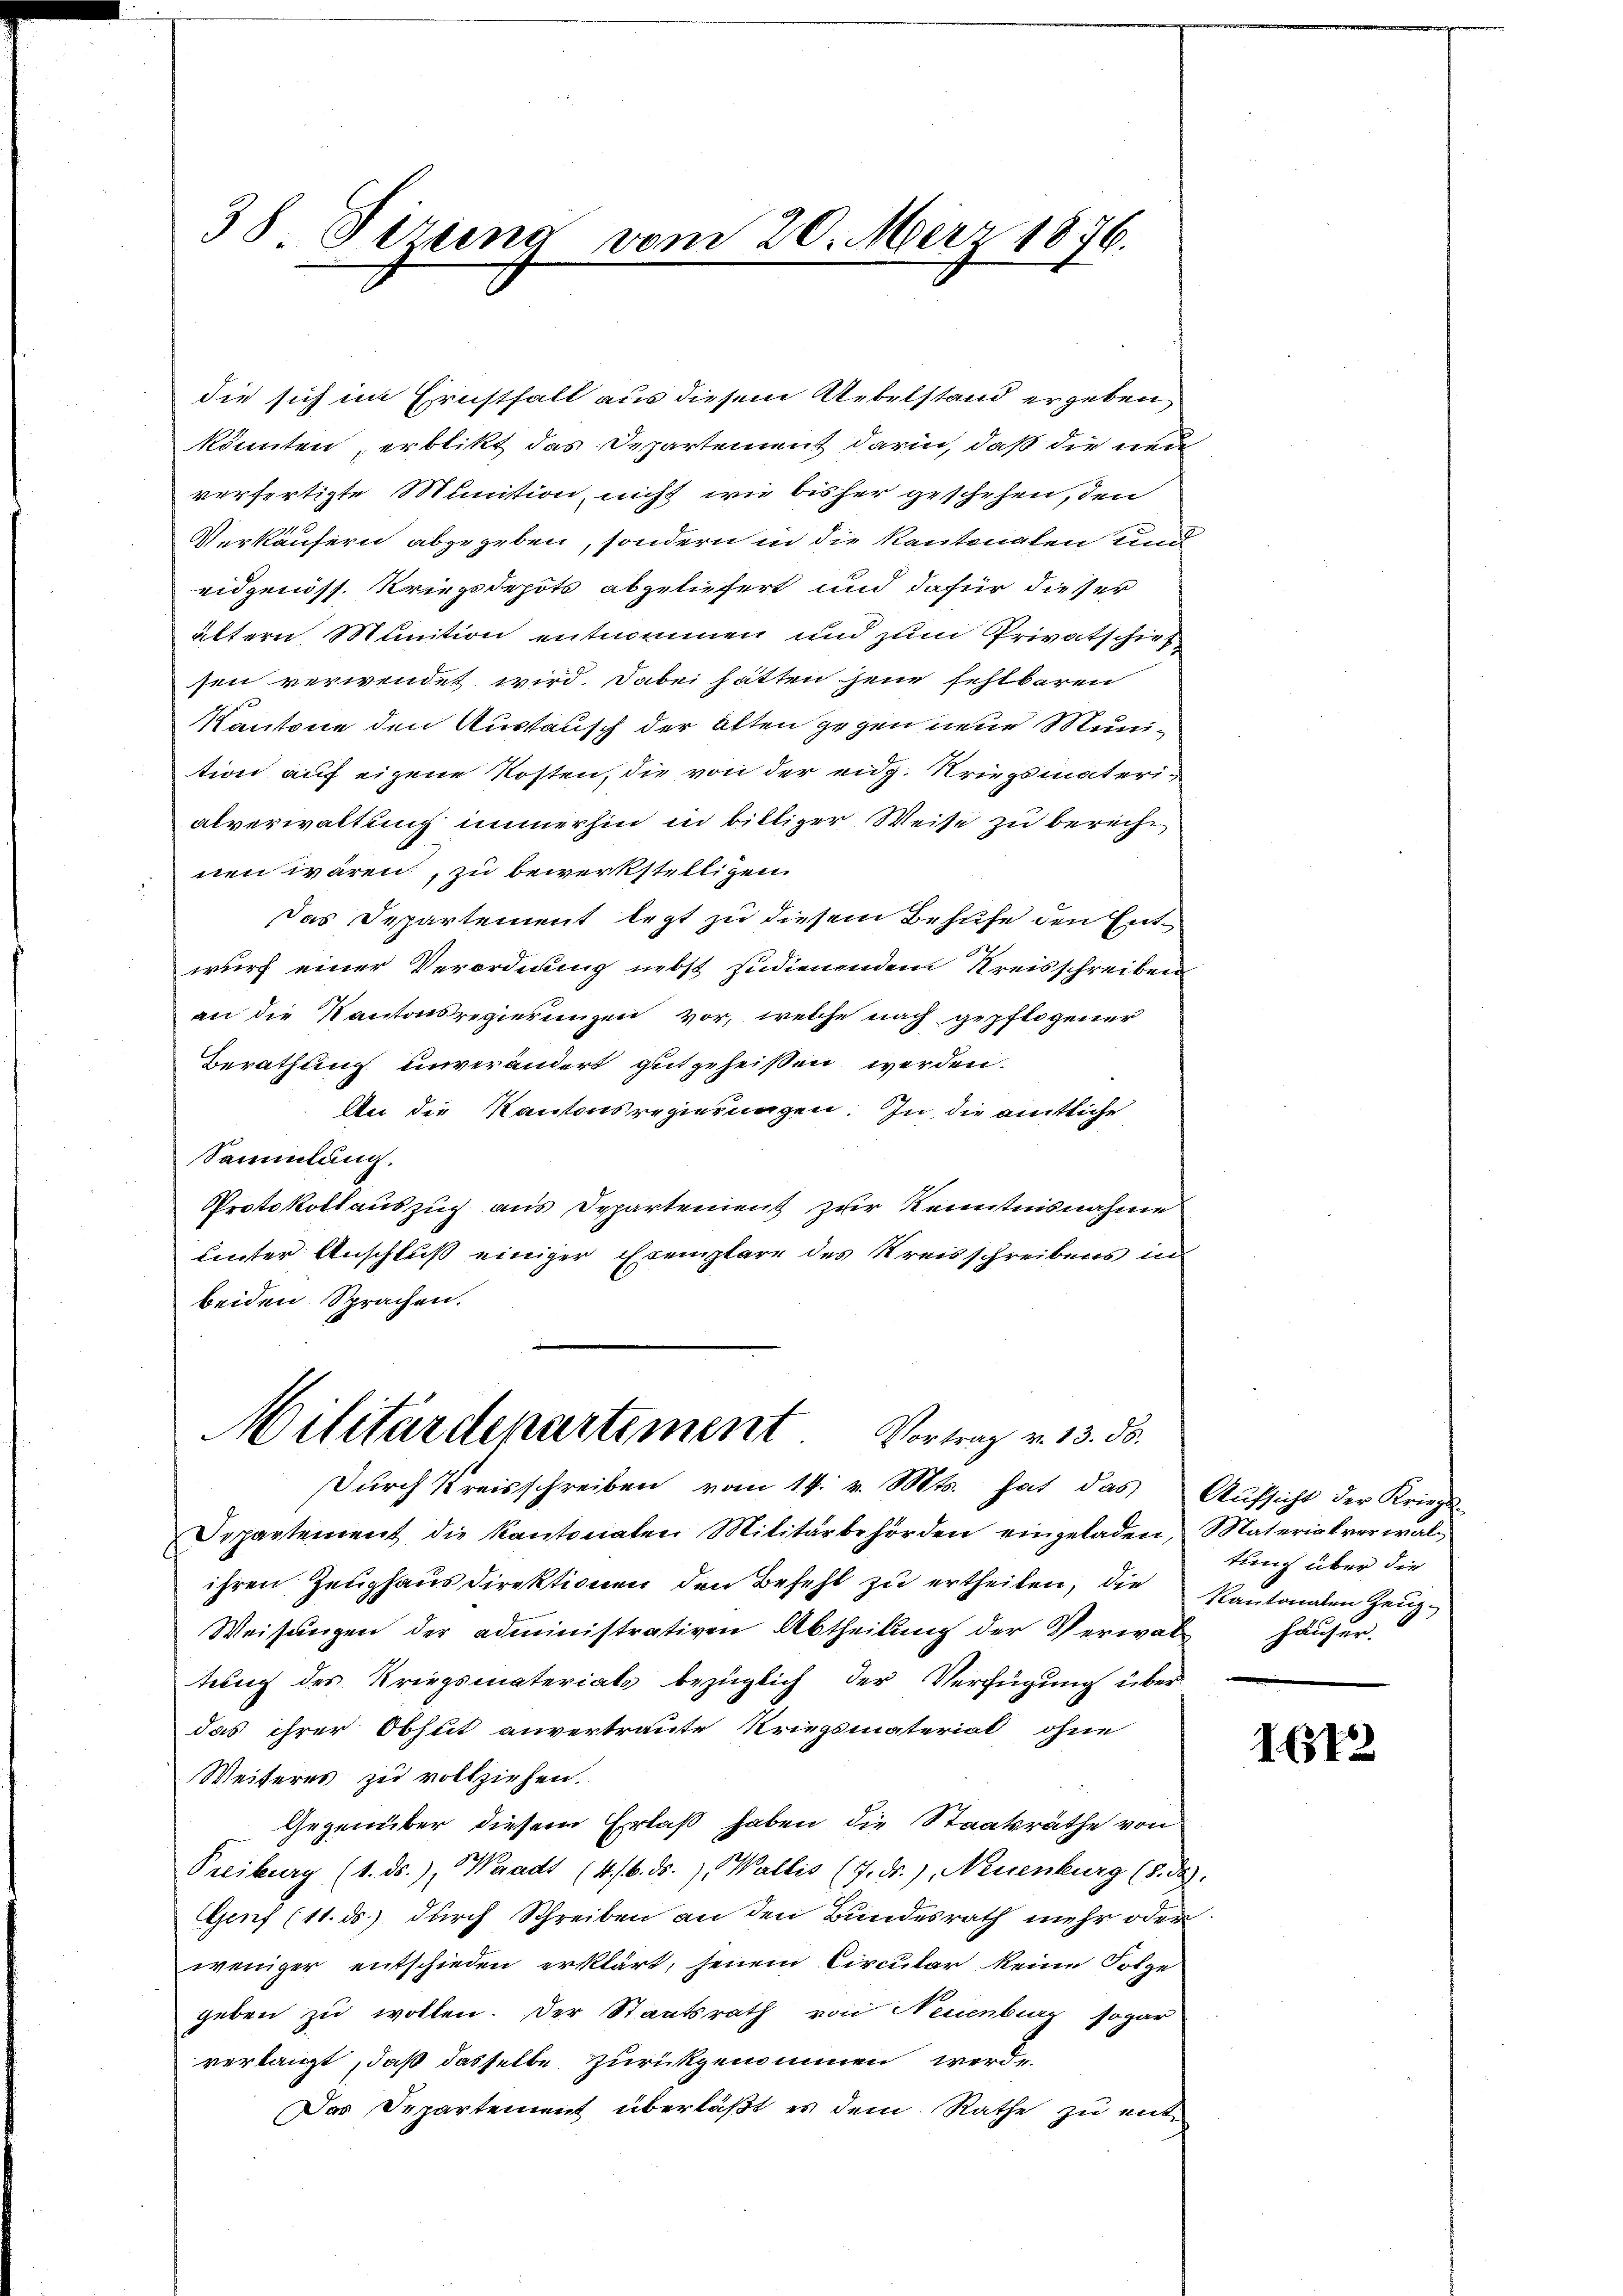
38 Firung vom 20. März 1876.

die sich im Ernsthalt aus diesem Uebelstand ergeben
könnten, erblikt das Departement darin, daß die neue
verfertigte Munition nicht wie bisher geschehen, den
Verkäufern abgegeben, sondern in die Kantonalen und
eidgenöss. Kriegsdepots abgeliefert und dafür dieser
ältern, Munition entnommen und zum Privatschief
sen verwendet wird. Dabei hatten jene fehlbaren
Kantone den Austausch der alten gegen neue Munition auf eigene Kosten, die von der eidg. Kriegsmaterialverwaltung immerhin in billiger Weise zu berecht
nen wären, zu bewerkstelligen
Das Departement legt zu diesem Behufe den Entwurf einer Verordnung nebst Indienendem Kreisschreiben
an die Kantonsregierungen vor, welche nach gepflogener
Berathung unverändert gutgeheißen werden.
An die Kantonsregierungen. In die amtliche
Sammlung.
Protokollauszug aus Departement zur Kenntnisnahme
uunter Anschluß einiger Exemplare des Kreisschreibens in
beiden Sprachen.

Militärdepartement. Vortrag v. 13. ds.
urch Kreisschreiben vom 14. v. Mts. hat das

Departement die Kantonalen Militärbehörden eingeladen, Materialverwal-
ihren Zeughaus direktionen den Befehl zu ertheilen, die Kantonalen Zeug¬
Weisungen der administrativen Abtheilung der Verwaltung des Kriegsmaterials bezüglich der Verfügung überdas ihrer Obheit anvertraute Kriegsmaterial ohne
Weiteres zu vollziehen.
Gegenüber diesem Erlaß haben, die Staatsräthe von
Treiburg (1. ds.), Waadt (4. 16. ds. Wallis (7. ds.), Neuenburg (S. da
Genf (11. ds. durch Schreiben an den Bundesrath mehr oder
weniger entschieden erklärt, jenem Circular keine Folge
geben zu wollen. Der Staatsrath von Neuenburg sogar
verlangt, daß dasselbe zurückgenommen werde.
Das Departement überläßt es dem Rathe zu ent¬

Aufsicht der Kriegs-
tung über die
häuser.

1612